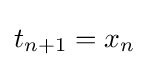
t_{n+1}=x_{n}